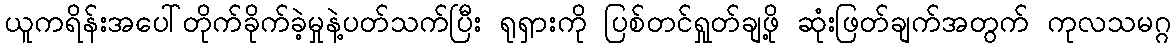
ယူကရိန်းအပေါ်တိုက်ခိုက်ခဲ့မှုနဲ့ပတ်သက်ပြီး ရုရှားကို ပြစ်တင်ရှုတ်ချဖို့ ဆုံးဖြတ်ချက်အတွက် ကုလသမဂ္ဂ